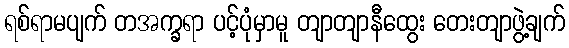
ရစ်ရာမပျက် တအက္ခရာ ပင့်ပုံမှာမူ တျာတျာနီထွေး တေးတျာဖွဲ့ချက်